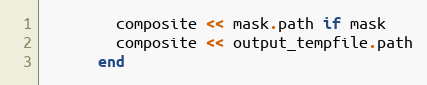
Language: Ruby
        composite << mask.path if mask
        composite << output_tempfile.path
      end